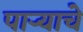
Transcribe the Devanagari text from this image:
पार्‍याचे